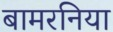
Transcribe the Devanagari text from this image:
बामरनिया